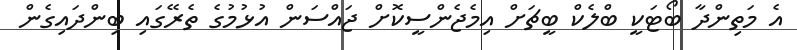
އެ މަތިންދާ ބޯޓަކީ ބްލެކް ބީޗަށް އިމެޖެންސީކޮށް ޖައްސަން އުޅުމުގެ ތެރޭގައި ބިންދައިގެން